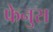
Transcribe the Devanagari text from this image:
फेनुस